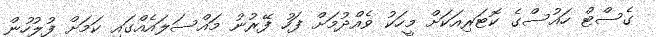
ގެސްޓް ހައުސްގެ ކޮޓަރިއަކަށް މީހަކު ވެއްދުމަށް ފަހު ފޭރުނު މައްސަލައެއްގައި ކަމަށް ފުލުހުން